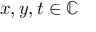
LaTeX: x , y , t \in \mathbb { C }